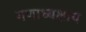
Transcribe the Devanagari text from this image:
गणाध्यक्षाय